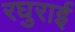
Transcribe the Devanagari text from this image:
रघुराई